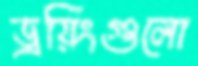
ড্রয়িংগুলো